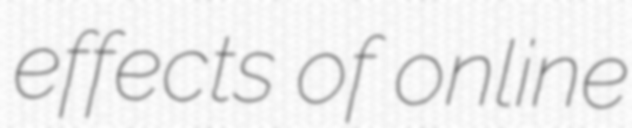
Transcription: effects of online